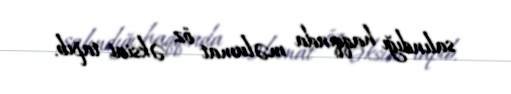
salındığı haqqında məlumat öz əksini tapıb.